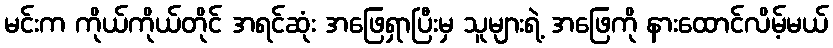
မင်းက ကိုယ်ကိုယ်တိုင် အရင်ဆုံး အဖြေရှာပြီးမှ သူများရဲ့ အဖြေကို နားထောင်လိမ့်မယ်